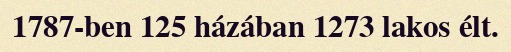
1787-ben 125 házában 1273 lakos élt.